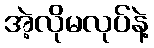
အဲ့လိုမလုပ်နဲ့